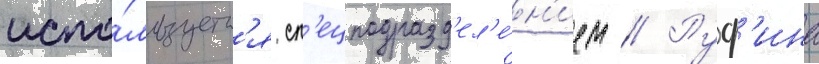
испо́льзуетс'я сп'ецподразд'ел'е́н'ием // Руф'ина